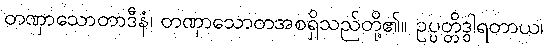
တဏှာသောတာဒီနံ၊ တဏှာသောတအစရှိသည်တို့၏။ ဥပ္ပတ္တိဒွါရတာယ၊